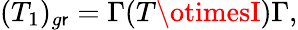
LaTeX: (T_{1})_{g\mathsf{r}}=\Gamma(T\otimesI)\Gamma,